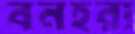
বনহরা